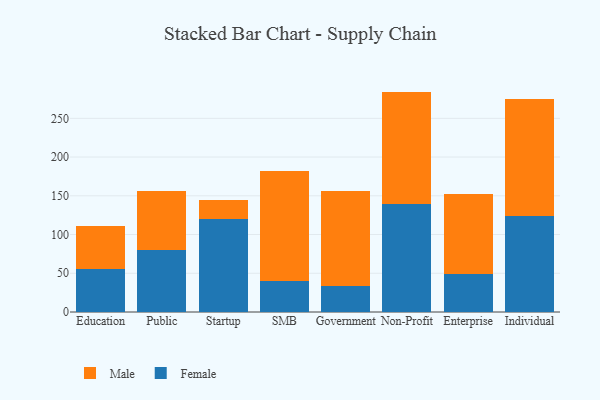
{"axis": {"x": "Segment", "y": "LTV (USD)"}, "legend": ["Female", "Male"], "data": [{"x": "Education", "y": 55.5, "type": "Female"}, {"x": "Education", "y": 56.0, "type": "Male"}, {"x": "Public", "y": 79.8, "type": "Female"}, {"x": "Public", "y": 76.7, "type": "Male"}, {"x": "Startup", "y": 120.5, "type": "Female"}, {"x": "Startup", "y": 24.0, "type": "Male"}, {"x": "SMB", "y": 40.0, "type": "Female"}, {"x": "SMB", "y": 141.4, "type": "Male"}, {"x": "Government", "y": 33.2, "type": "Female"}, {"x": "Government", "y": 122.4, "type": "Male"}, {"x": "Non-Profit", "y": 139.3, "type": "Female"}, {"x": "Non-Profit", "y": 145.2, "type": "Male"}, {"x": "Enterprise", "y": 49.2, "type": "Female"}, {"x": "Enterprise", "y": 103.1, "type": "Male"}, {"x": "Individual", "y": 124.5, "type": "Female"}, {"x": "Individual", "y": 150.5, "type": "Male"}]}